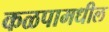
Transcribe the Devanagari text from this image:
कळपामधील